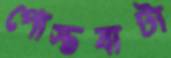
পোস্তবাটা